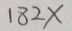
1 8 2 x